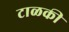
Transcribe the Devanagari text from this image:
टाळकी